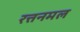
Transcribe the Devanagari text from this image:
रत्तनमल